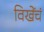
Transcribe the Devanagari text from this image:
विखेंचं